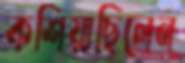
কশিয়াছিলেন